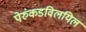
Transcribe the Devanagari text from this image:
पेरुंकडविलयिल